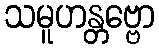
သမူဟန္တဗ္ဗော